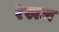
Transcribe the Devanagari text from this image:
रेखज